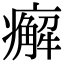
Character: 㿍